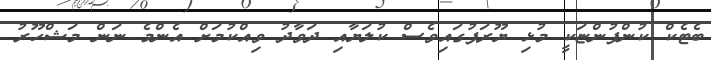
ބެޓެކް ކުންފުންޏަކީ މުޅި ޔޫރަޕުގައިވެސް ކުލަޔާއި ދަވާދު ވިއްކުމަށް އެންމެ ނަން މަޝްހޫރު